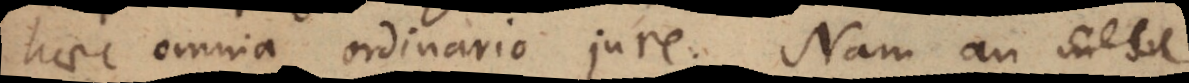
haec omnia ordinario jure. Nam an in